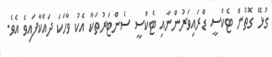
ގުޅޭ ގޮތުން ޓެކްސީ ޑްރައިވަރުންނާއި ޓެކްސީ ސެންޓަރުތަކާ އެކު ވާހަކަ ދައްކާފައިވެ އެވެ.